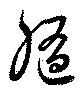
随